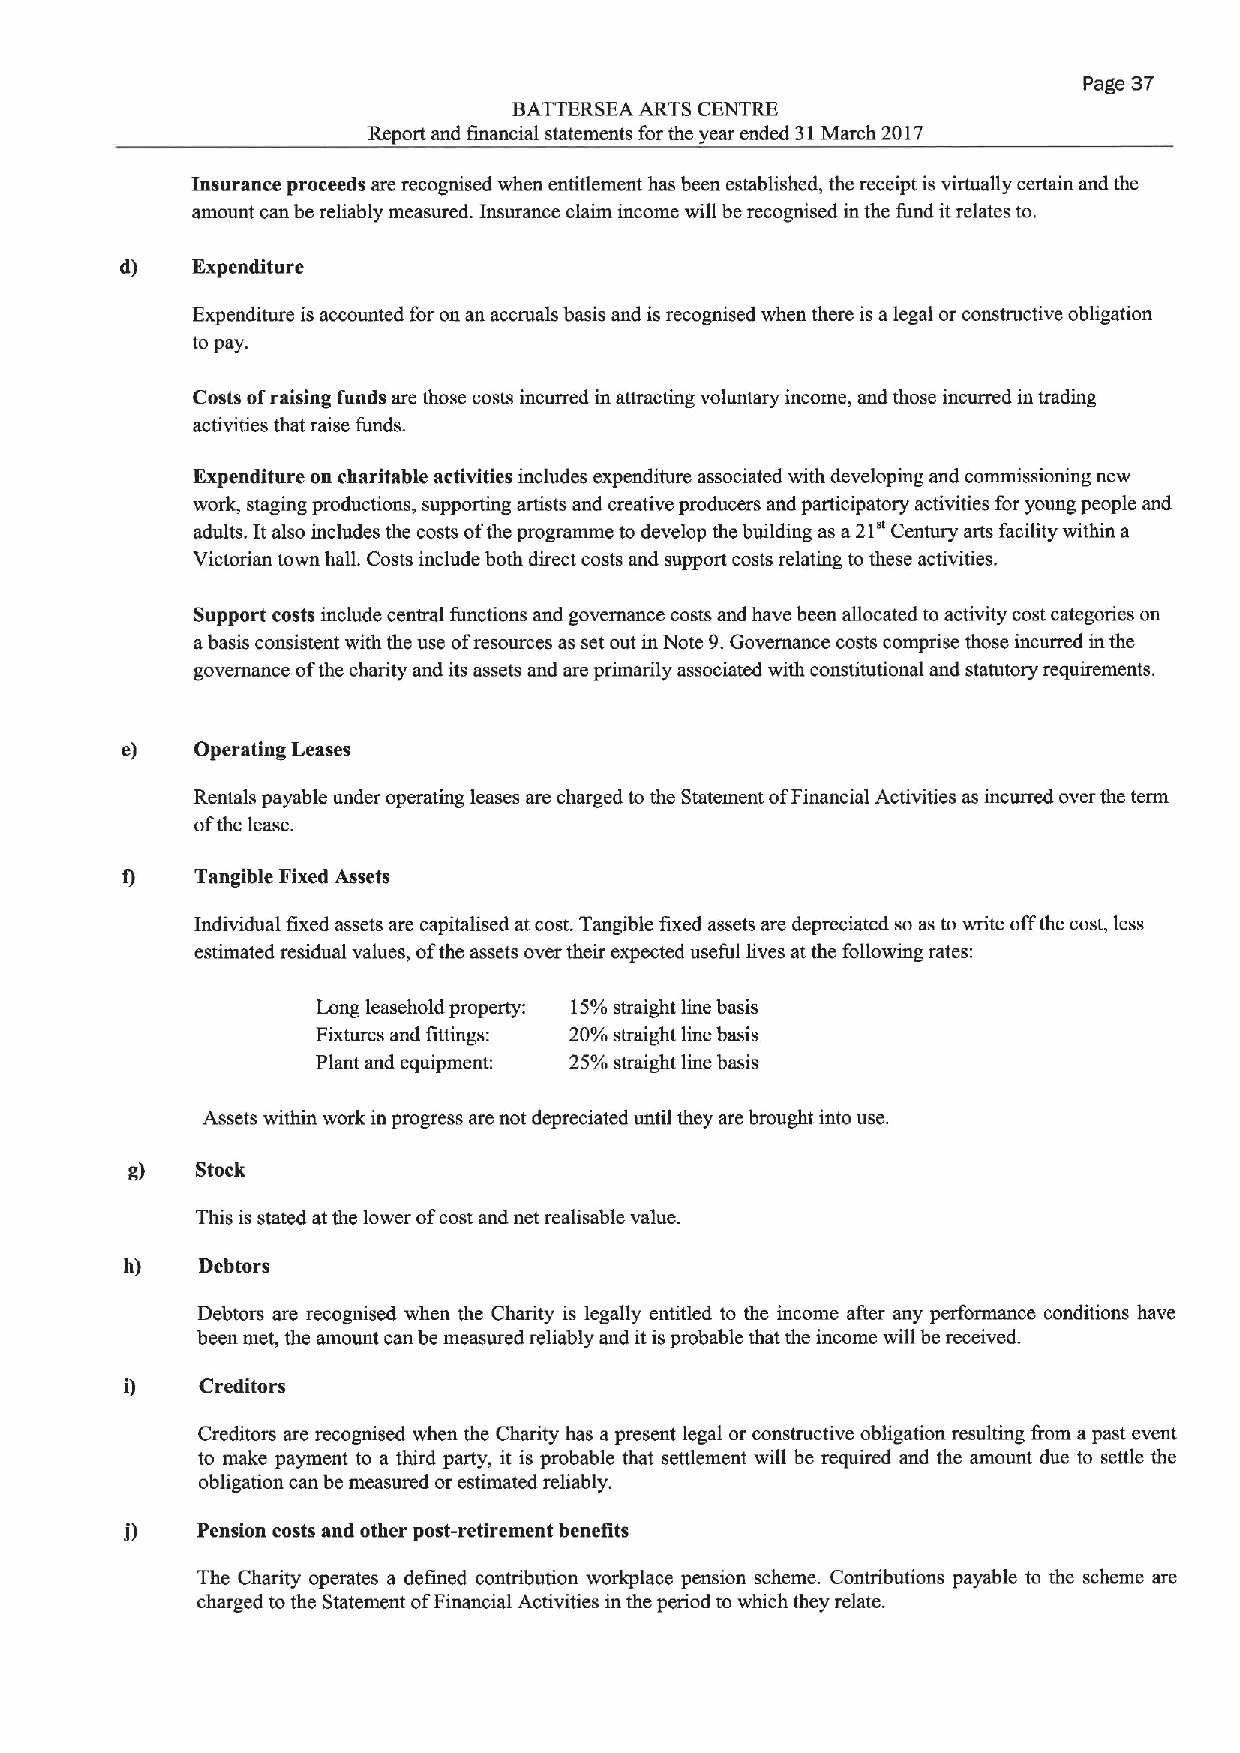
Page 37
 BATTERSEA ARTS CENTRE
 Report and financial statements for the year ended 31March 2017
 Insurance proceeds are recognised when entitlement has been established, the receipt is virtually certain and the
 amount can be reliably measured. Insurance claim income will be recognised in the fund itrelates to.
 d)   Expenditure
 Expenditure is accounted for on an accruals basis and is recognised when there is alegal or constructive obligation
 to pay.
 Costs ofraising funds are those costs incurred in attracting voluntary income, and those incurred in trading
 activities that raise funds.
 Expenditure on charitable activities includes expenditure associated with developing and commissioning new
 work, staging pmductions, supporting artists and creative producers and participatory activities for young people and
 adults. It also includes the costs ofthe programme to develop the building as a21" Century arts facility within a
 Victorian town hall. Costs include both direct costs and support costs relating to these activiffes.
 Support costs include central functions and governance costs and have been allocated to activity cost categories on
 abasis consistent with the use ofresources as set out in Note 9.Governance costs comprise those incurred in the
 governance ofthe charity and its assets and are primarily associated with constitutional and statutory requirements.
 e)   Operating Leases
 Rentals payable under operating leases are charged to the Statement ofFinancial Activities as incurred over the term
 ofthe lease.
 I)   Tangible Fixed Assets
 Individual fixed assets are capitalised at cost.Tangible fixed assets are depreciated so as to write offthe cost, less
 estimated residual values, ofthe assets over their expected useful lives at the following rates:
 Long leasehold property: 15%straight line basis
 Fixtures and fittings: 20%straight line basis
 Plant and equipment: 25%suaight line basis
 Assets within work in progress are not depreciated until they are brought into use.
 g)   Stock
 This is stated at the lower ofcost and net realisable value.
 h)   Debtors
 Debtors are recognised when the Charity is legally entitled to the income after any perfonnance conditions have
 been met, the amount can be measured reliably and itisprobable that the income will be received.
 Creditors
 Creditors are recognised when the Charity has apresent legal or constructive obligaffon resulting I'iom apast event
 to make payment to a third party, it is probable that settlement will be required and the amount due to settle the
 obligation can be measured or estimated reliably.
 Pension costs and other post-retirement benefits
 The Charity operates a defined contribution workplace pension scheme. Contributions payable to the scheme are
 charged tothe Statement ofFinancial Activities in the period to which they relate.